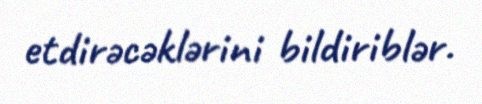
etdirəcəklərini bildiriblər.